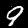
Digit: 9